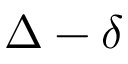
\Delta - \delta